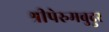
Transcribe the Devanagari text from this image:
श्रीपेरुमबुदुर